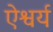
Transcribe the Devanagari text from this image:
ऐश्वर्य